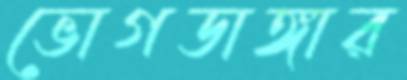
ভোগডাঙ্গার